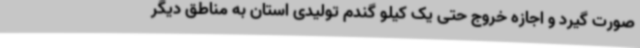
صورت گیرد و اجازه خروج حتی یک کیلو گندم تولیدی استان به مناطق دیگر